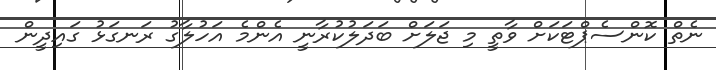
ނެތް ކޮންސެޕްޓަކަށް ވާތީ މި ޖަލަށް ބަދަލުކުރާނީ އެންމެ އަހުލާގު ރަނގަޅު ގައިދީން